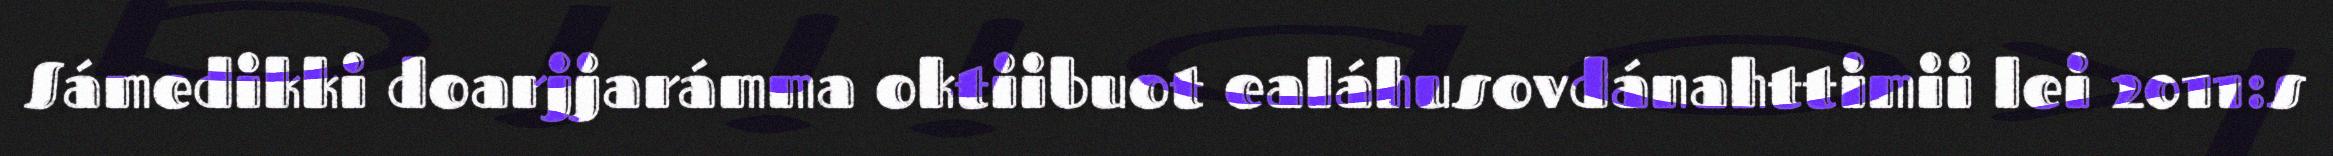
Sámedikki doarjjarámma oktiibuot ealáhusovdánahttimii lei 2011:s